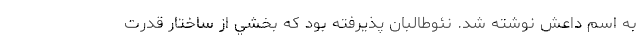
به اسم داعش نوشته شد. نئوطالبان پذيرفته بود كه بخشي از ساختار قدرت